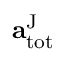
\mathbf { a } _ { \mathrm { t o t } } ^ { \mathrm { J } }